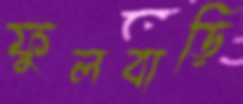
ফুলবাড়ি